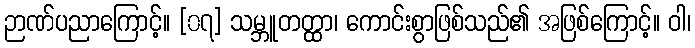
ဉာဏ်ပညာကြောင့်။ [၀၇] သမ္ဘူတတ္ထာ၊ ကောင်းစွာဖြစ်သည်၏ အဖြစ်ကြောင့်။ ဝါ၊